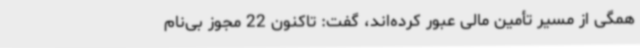
همگی از مسیر تأمین مالی عبور کرده‌اند، گفت: تاکنون 22 مجوز بی‌نام